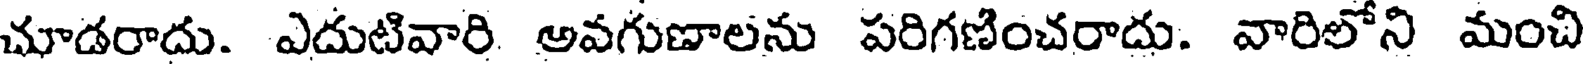
చూడరాదు. ఎదుటివారి అవగుణాలను పరిగణించరాదు. వారిలోని మంచి